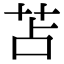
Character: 苫